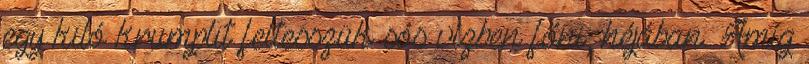
egy kiló krumplit feltesszük sós vízben főni, héjában. Amíg